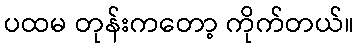
ပထမ တုန်းကတော့ ကိုက်တယ်။